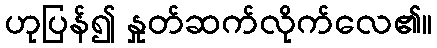
ဟုပြန်၍ နှုတ်ဆက်လိုက်လေ၏။